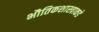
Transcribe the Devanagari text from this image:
भौतिकशास्त्राकडे